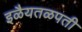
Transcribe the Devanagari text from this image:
इळैयतळपती